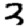
Digit: 3